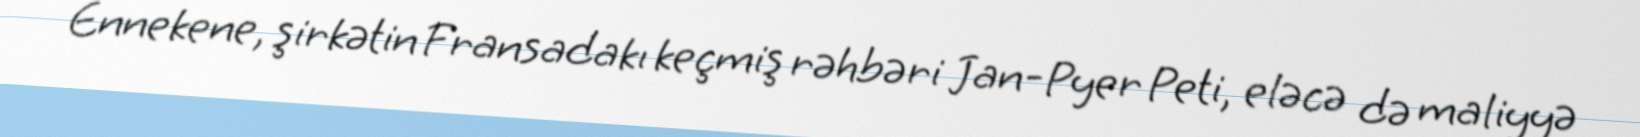
Ennekene, şirkətin Fransadakı keçmiş rəhbəri Jan-Pyer Peti, eləcə də maliyyə